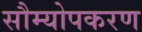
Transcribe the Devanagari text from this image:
सौम्योपकरण